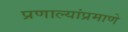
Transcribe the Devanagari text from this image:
प्रणाल्यांप्रमाणे